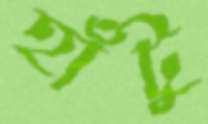
হাঁটু